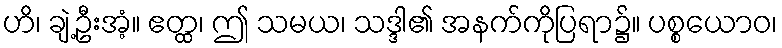
ဟိ၊ ချဲ့ဦးအံ့။ ဧတ္ထ၊ ဤ သမယ၊ သဒ္ဒါ၏ အနက်ကိုပြရာ၌။ ပစ္စယောဝ၊